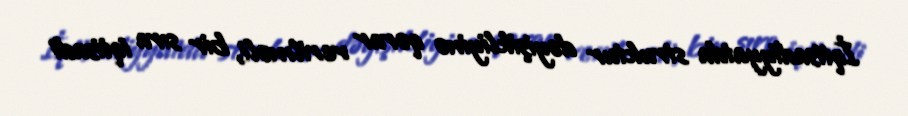
İqtisadiyyatda struktur dəyişikliyinə qərar verilməli, bir sıra iqtisadi